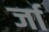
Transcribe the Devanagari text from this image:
र्जा